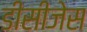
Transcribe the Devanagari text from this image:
डीसीजेस